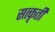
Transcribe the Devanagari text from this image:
सत्कृती